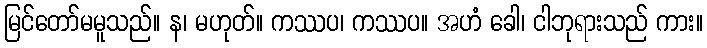
မြင်တော်မမူသည်။ န၊ မဟုတ်။ ကဿပ၊ ကဿပ။ အဟံ ခေါ၊ ငါဘုရားသည် ကား။